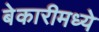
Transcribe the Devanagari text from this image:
बेकारीमध्ये